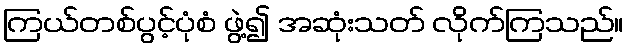
ကြယ်တစ်ပွင့်ပုံစံ ဖွဲ့၍ အဆုံးသတ် လိုက်ကြသည်။